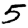
Digit: 5